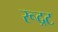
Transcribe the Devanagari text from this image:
रूद्रट